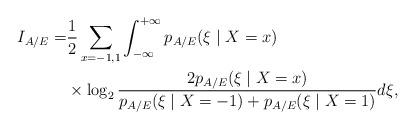
LaTeX: \begin{align*}I_{A/E}=&\frac{1}{2}\sum_{x=-1,1}\int_{-\infty}^{+\infty}p_{A/E}(\xi \mid X=x)\\&\times \log_{2}\frac{2p_{A/E}(\xi \mid X=x)}{p_{A/E}(\xi \mid X=-1)+p_{A/E}(\xi \mid X=1)}d\xi,\raisetag{36pt}\end{align*}